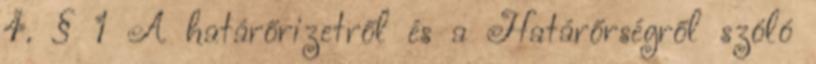
4. § 1 A határőrizetről és a Határőrségről szóló